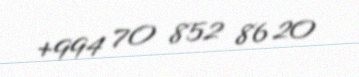
+994 70 852 86 20